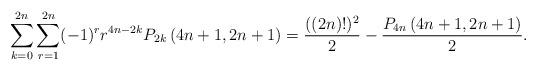
LaTeX: \begin{align*}\sum_{k=0}^{2n} \sum_{r=1}^{2n} (-1)^r r^{4n-2k} P_{2k}\left(4n+1, 2n+1\right) = \frac{((2n)!)^2}{2} - \frac{P_{4n}\left(4n+1, 2n+1\right)}{2}.\end{align*}